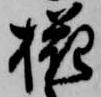
椛